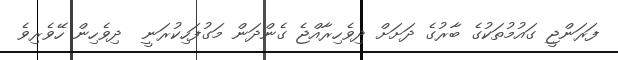
ފަރަންޖީ ގައުމުތަކުގެ ބާރުގެ ދަށަށް ދިވެހިރާއްޖެ ގެންދަން މަގުފަހިކުރަނީ  ދިވެހިން ހޭވެރިވެ